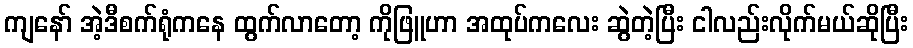
ကျနော် အဲ့ဒီစက်ရုံကနေ ထွက်လာတော့ ကိုဖြူဟာ အထုပ်ကလေး ဆွဲတဲ့ပြီး ငါလည်းလိုက်မယ်ဆိုပြီး